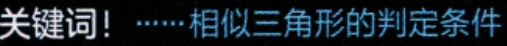
关键词！……相似三角形的判定条件